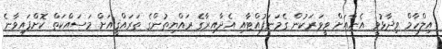
އިލްހާމް ވިދާޅުވީ އެނާއަށް ވީވަރަކުން ގެމަނަފުއްޓާއި އެދާއިރާގެ ރައްޔިތުންގެ ތަރައްޤީއަށް މަސައްކަތް ކޮށްފައިވާނެ